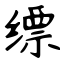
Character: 缥